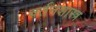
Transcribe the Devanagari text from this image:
वर्तनशास्त्र